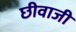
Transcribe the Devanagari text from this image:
छीवाजी